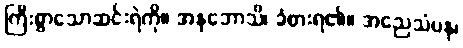
ကြီးစွာသောဆင်းရဲကို။ အနုဘောသိ၊ ခံစားရ၏။ အညေသံပန၊